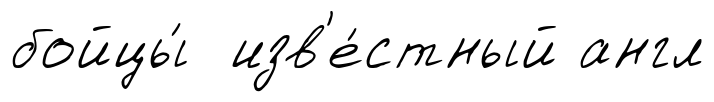
бойцы́ изв'е́стный англ